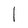
Character: I